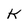
Character: K